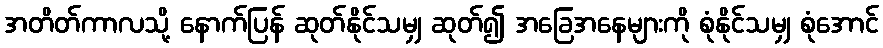
အတိတ်ကာလသို့ နောက်ပြန် ဆုတ်နိုင်သမျှ ဆုတ်၍ အခြေအနေများကို စုံနိုင်သမျှ စုံအောင်